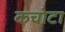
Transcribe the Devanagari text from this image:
कचोटा